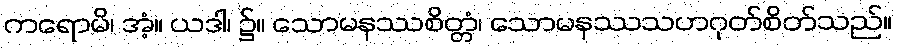
ကရောမိ၊ အံ့။ ယဒါ၊ ၌။ သောမနဿစိတ္တံ၊ သောမနဿသဟဂုတ်စိတ်သည်။